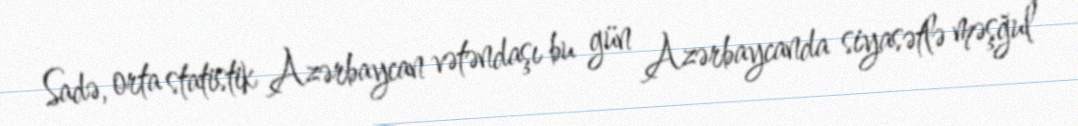
Sadə, orta statistik Azərbaycan vətəndaşı bu gün Azərbaycanda siyasətlə məşğul